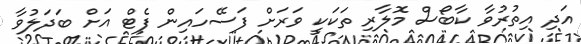
އަދި އިތުރުވާ ކާބޯސް މޮލާރި ތަކަކީ ވަރަށް ފަސޭހައިން ފެޓް އަށް ބަދަލުވާ